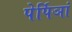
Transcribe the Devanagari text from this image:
पेर्पिञां